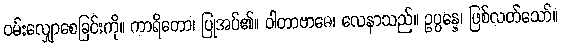
ဝမ်းလျှောစေခြင်းကို။ ကာရိတော၊ ပြုအပ်၏။ ဝါတာဗာဓေ၊ လေနာသည်။ ဥပ္ပန္နေ၊ ဖြစ်လတ်သော်။